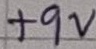
Text: +9V